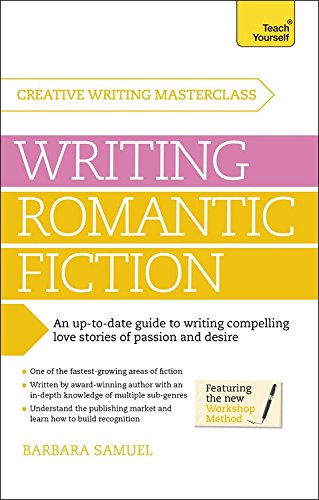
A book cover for Masterclass: Writing Romantic Fiction (Teach Yourself: Writing); Barbara Samuel; Romance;